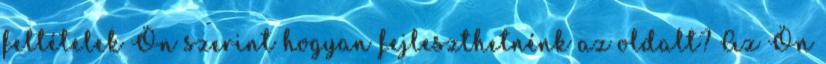
feltételek Ön szerint hogyan fejleszthetnénk az oldalt? Az Ön